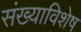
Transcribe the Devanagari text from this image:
संख्याविशेष